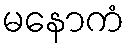
မနောကံ